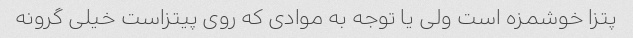
پتزا خوشمزه است ولی یا توجه به موادی که روی پیتزاست خیلی گرونه